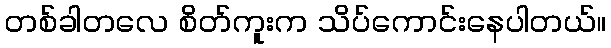
တစ်ခါတလေ စိတ်ကူးက သိပ်ကောင်းနေပါတယ်။